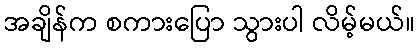
အချိန်က စကားပြော သွားပါ လိမ့်မယ်။